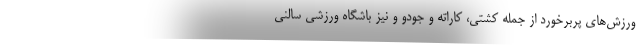
ورزش‌های پربرخورد از جمله کشتی، کاراته و جودو و نیز باشگاه ورزشی سالنی